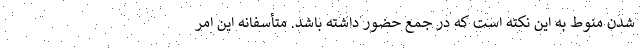
شدن منوط به این نکته است که در جمع حضور داشته باشد. متأسفانه این امر